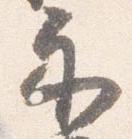
示